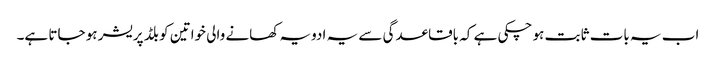
اب یہ بات ثابت ہو چکی ہے کہ باقاعدگی سے یہ ادویہ کھانے والی خواتین کو بلڈ پریشر ہو جاتا ہے۔